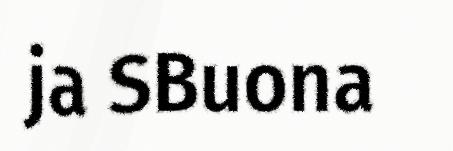
ja SBuona